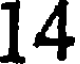
14